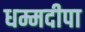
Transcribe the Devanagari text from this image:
धम्मदीपा